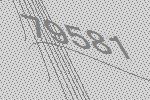
79581